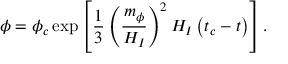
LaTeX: \phi = \phi _ { c } \exp \left[ \frac { 1 } { 3 } \left( \frac { m _ { \phi } } { H _ { I } } \right) ^ { 2 } H _ { I } \left( t _ { c } - t \right) \right] .